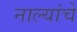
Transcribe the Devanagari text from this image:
नाल्यांचे